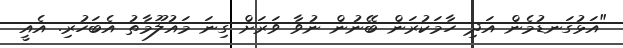
"އަޅުގަނޑުމެން އަދި ހާމަކުރަން ބޭނުން ނުވާ ވަރަށް ގިނަ މައުލޫމާތު އެބަހުރި. އެއީ